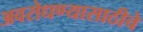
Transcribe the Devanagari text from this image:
अवरोधण्यासाठीचे